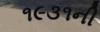
૧૯૩૧ની